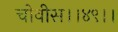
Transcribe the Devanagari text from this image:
चोवीस।।४९।।